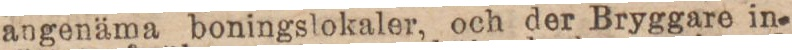
angenäma boningslokaler, och der Bryggare in-